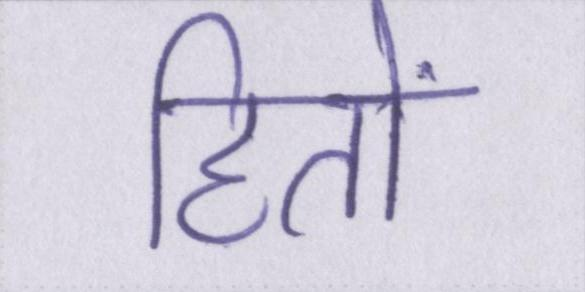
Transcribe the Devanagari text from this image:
हितों